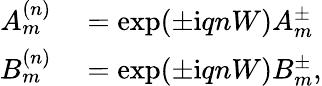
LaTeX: \begin{array}{rl}{A_{m}^{(n)}}&{{}=\exp(\pm\mathrm{i}qnW)A_{m}^{\pm}}\\ {B_{m}^{(n)}}&{{}=\exp(\pm\mathrm{i}qnW)B_{m}^{\pm},}\end{array}